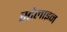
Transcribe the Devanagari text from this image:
स्टेलाइन